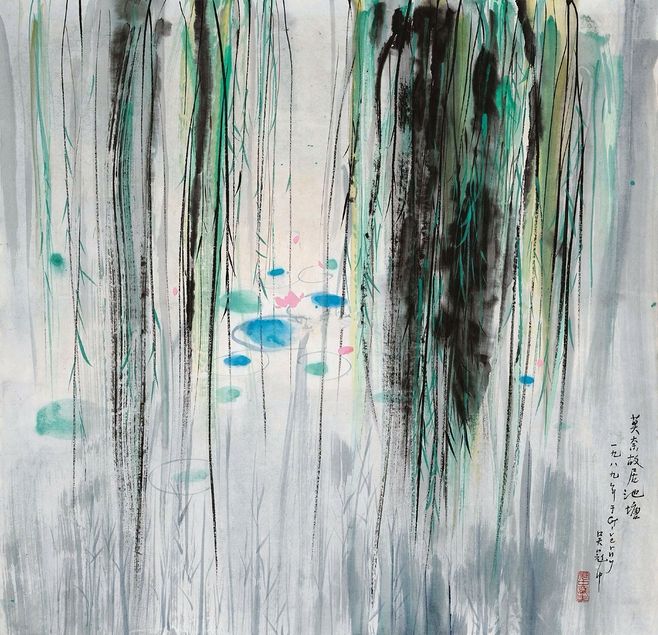
东风杨柳欲青青。烟淡雨初晴。